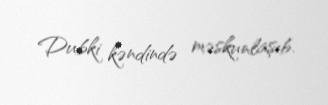
Dubki kəndində məskunlaşıb.